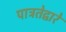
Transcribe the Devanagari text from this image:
पात्रतेद्वारे